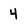
Character: 4